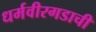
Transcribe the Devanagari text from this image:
धर्मवीरगडाची